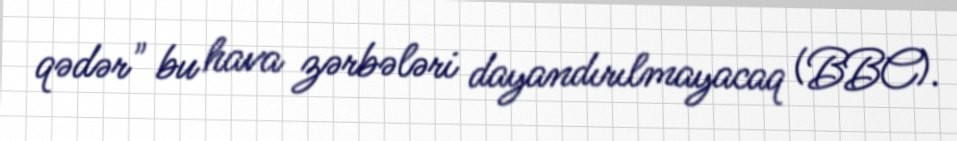
qədər" bu hava zərbələri dayandırılmayacaq (BBC).